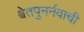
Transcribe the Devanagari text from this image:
श्वेतपुनर्नवाची